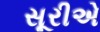
સૂરીએ